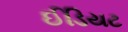
ઈડિયટ